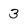
Character: 3